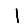
Digit: 1